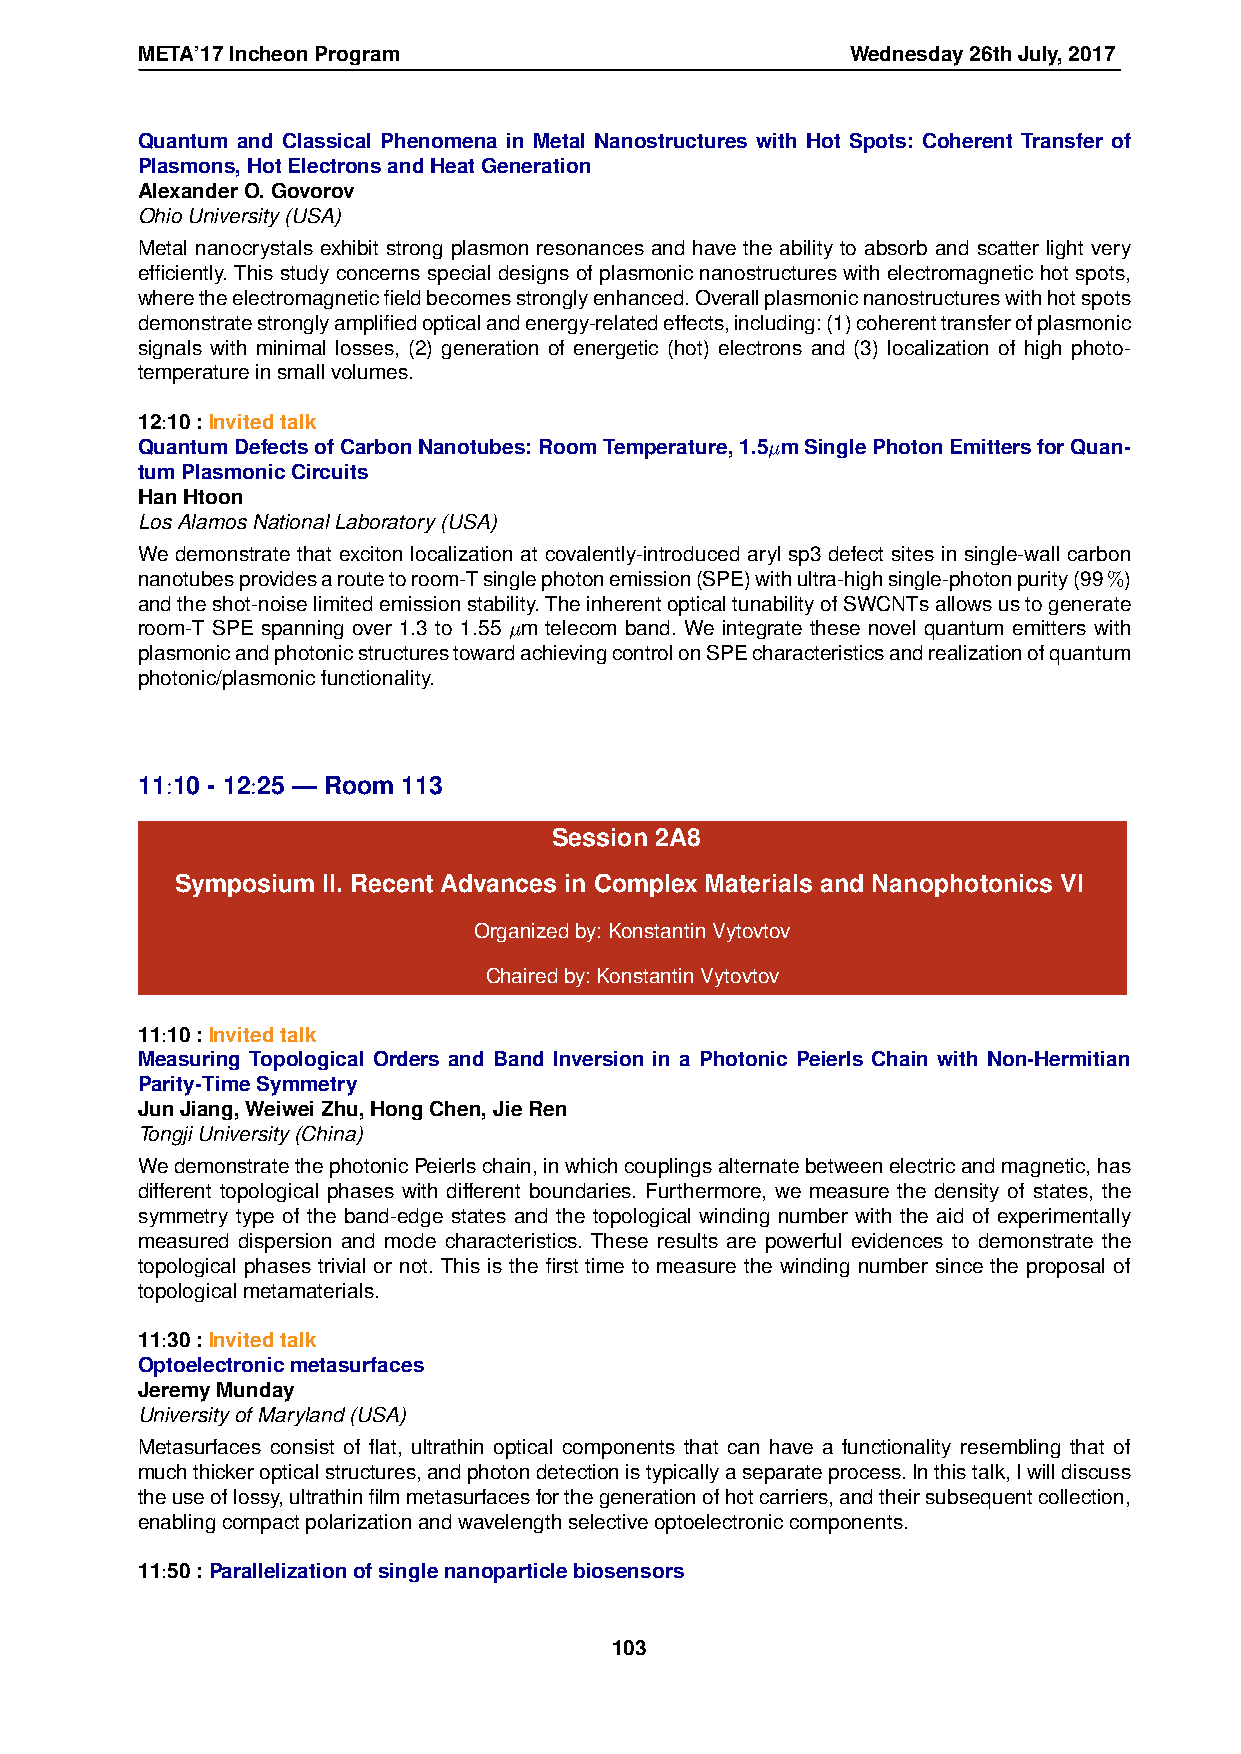
META’17IncheonProgram                          Wednesday26thJuly,2017
 Quantum and Classical Phenomena in Metal Nanostructures with Hot Spots: Coherent Transfer of
 Plasmons,HotElectronsandHeatGeneration
 AlexanderO.Govorov
 OhioUniversity(USA)
 Metal nanocrystals exhibit strong plasmon resonances and have the ability to absorb and scatter light very
 efficiently. This study concerns special designs of plasmonic nanostructures with electromagnetic hot spots,
 wheretheelectromagneticfieldbecomesstronglyenhanced.Overallplasmonicnanostructureswithhotspots
 demonstratestronglyamplifiedopticalandenergy-relatedeffects,including:(1)coherenttransferofplasmonic
 signals with minimal losses, (2) generation of energetic (hot) electrons and (3) localization of high photo-
 temperatureinsmallvolumes.
 12:10:Invitedtalk
 QuantumDefectsofCarbonNanotubes:RoomTemperature,1.5µmSinglePhotonEmittersforQuan-
 tumPlasmonicCircuits
 HanHtoon
 LosAlamosNationalLaboratory(USA)
 We demonstrate that exciton localization at covalently-introduced aryl sp3 defect sites in single-wall carbon
 nanotubesprovidesaroutetoroom-Tsinglephotonemission(SPE)withultra-highsingle-photonpurity(99%)
 andtheshot-noiselimitedemissionstability.TheinherentopticaltunabilityofSWCNTsallowsustogenerate
 room-T SPE spanning over 1.3 to 1.55 µm telecom band. We integrate these novel quantum emitters with
 plasmonicandphotonicstructurestowardachievingcontrolonSPEcharacteristicsandrealizationofquantum
 photonic/plasmonicfunctionality.
 11:10 - 12:25 — Room 113
 Session 2A8
 Symposium II. Recent Advances in Complex Materials and Nanophotonics VI
 Organizedby:KonstantinVytovtov
 Chairedby:KonstantinVytovtov
 11:10:Invitedtalk
 Measuring Topological Orders and Band Inversion in a Photonic Peierls Chain with Non-Hermitian
 Parity-TimeSymmetry
 JunJiang,WeiweiZhu,HongChen,JieRen
 TongjiUniversity(China)
 WedemonstratethephotonicPeierlschain,inwhichcouplingsalternatebetweenelectricandmagnetic,has
 different topological phases with different boundaries. Furthermore, we measure the density of states, the
 symmetry type of the band-edge states and the topological winding number with the aid of experimentally
 measured dispersion and mode characteristics. These results are powerful evidences to demonstrate the
 topological phases trivial or not. This is the first time to measure the winding number since the proposal of
 topologicalmetamaterials.
 11:30:Invitedtalk
 Optoelectronicmetasurfaces
 JeremyMunday
 UniversityofMaryland(USA)
 Metasurfaces consist of flat, ultrathin optical components that can have a functionality resembling that of
 muchthickeropticalstructures,andphotondetectionistypicallyaseparateprocess.Inthistalk,Iwilldiscuss
 theuseoflossy,ultrathinfilmmetasurfacesforthegenerationofhotcarriers,andtheirsubsequentcollection,
 enablingcompactpolarizationandwavelengthselectiveoptoelectroniccomponents.
 11:50:Parallelizationofsinglenanoparticlebiosensors
 103